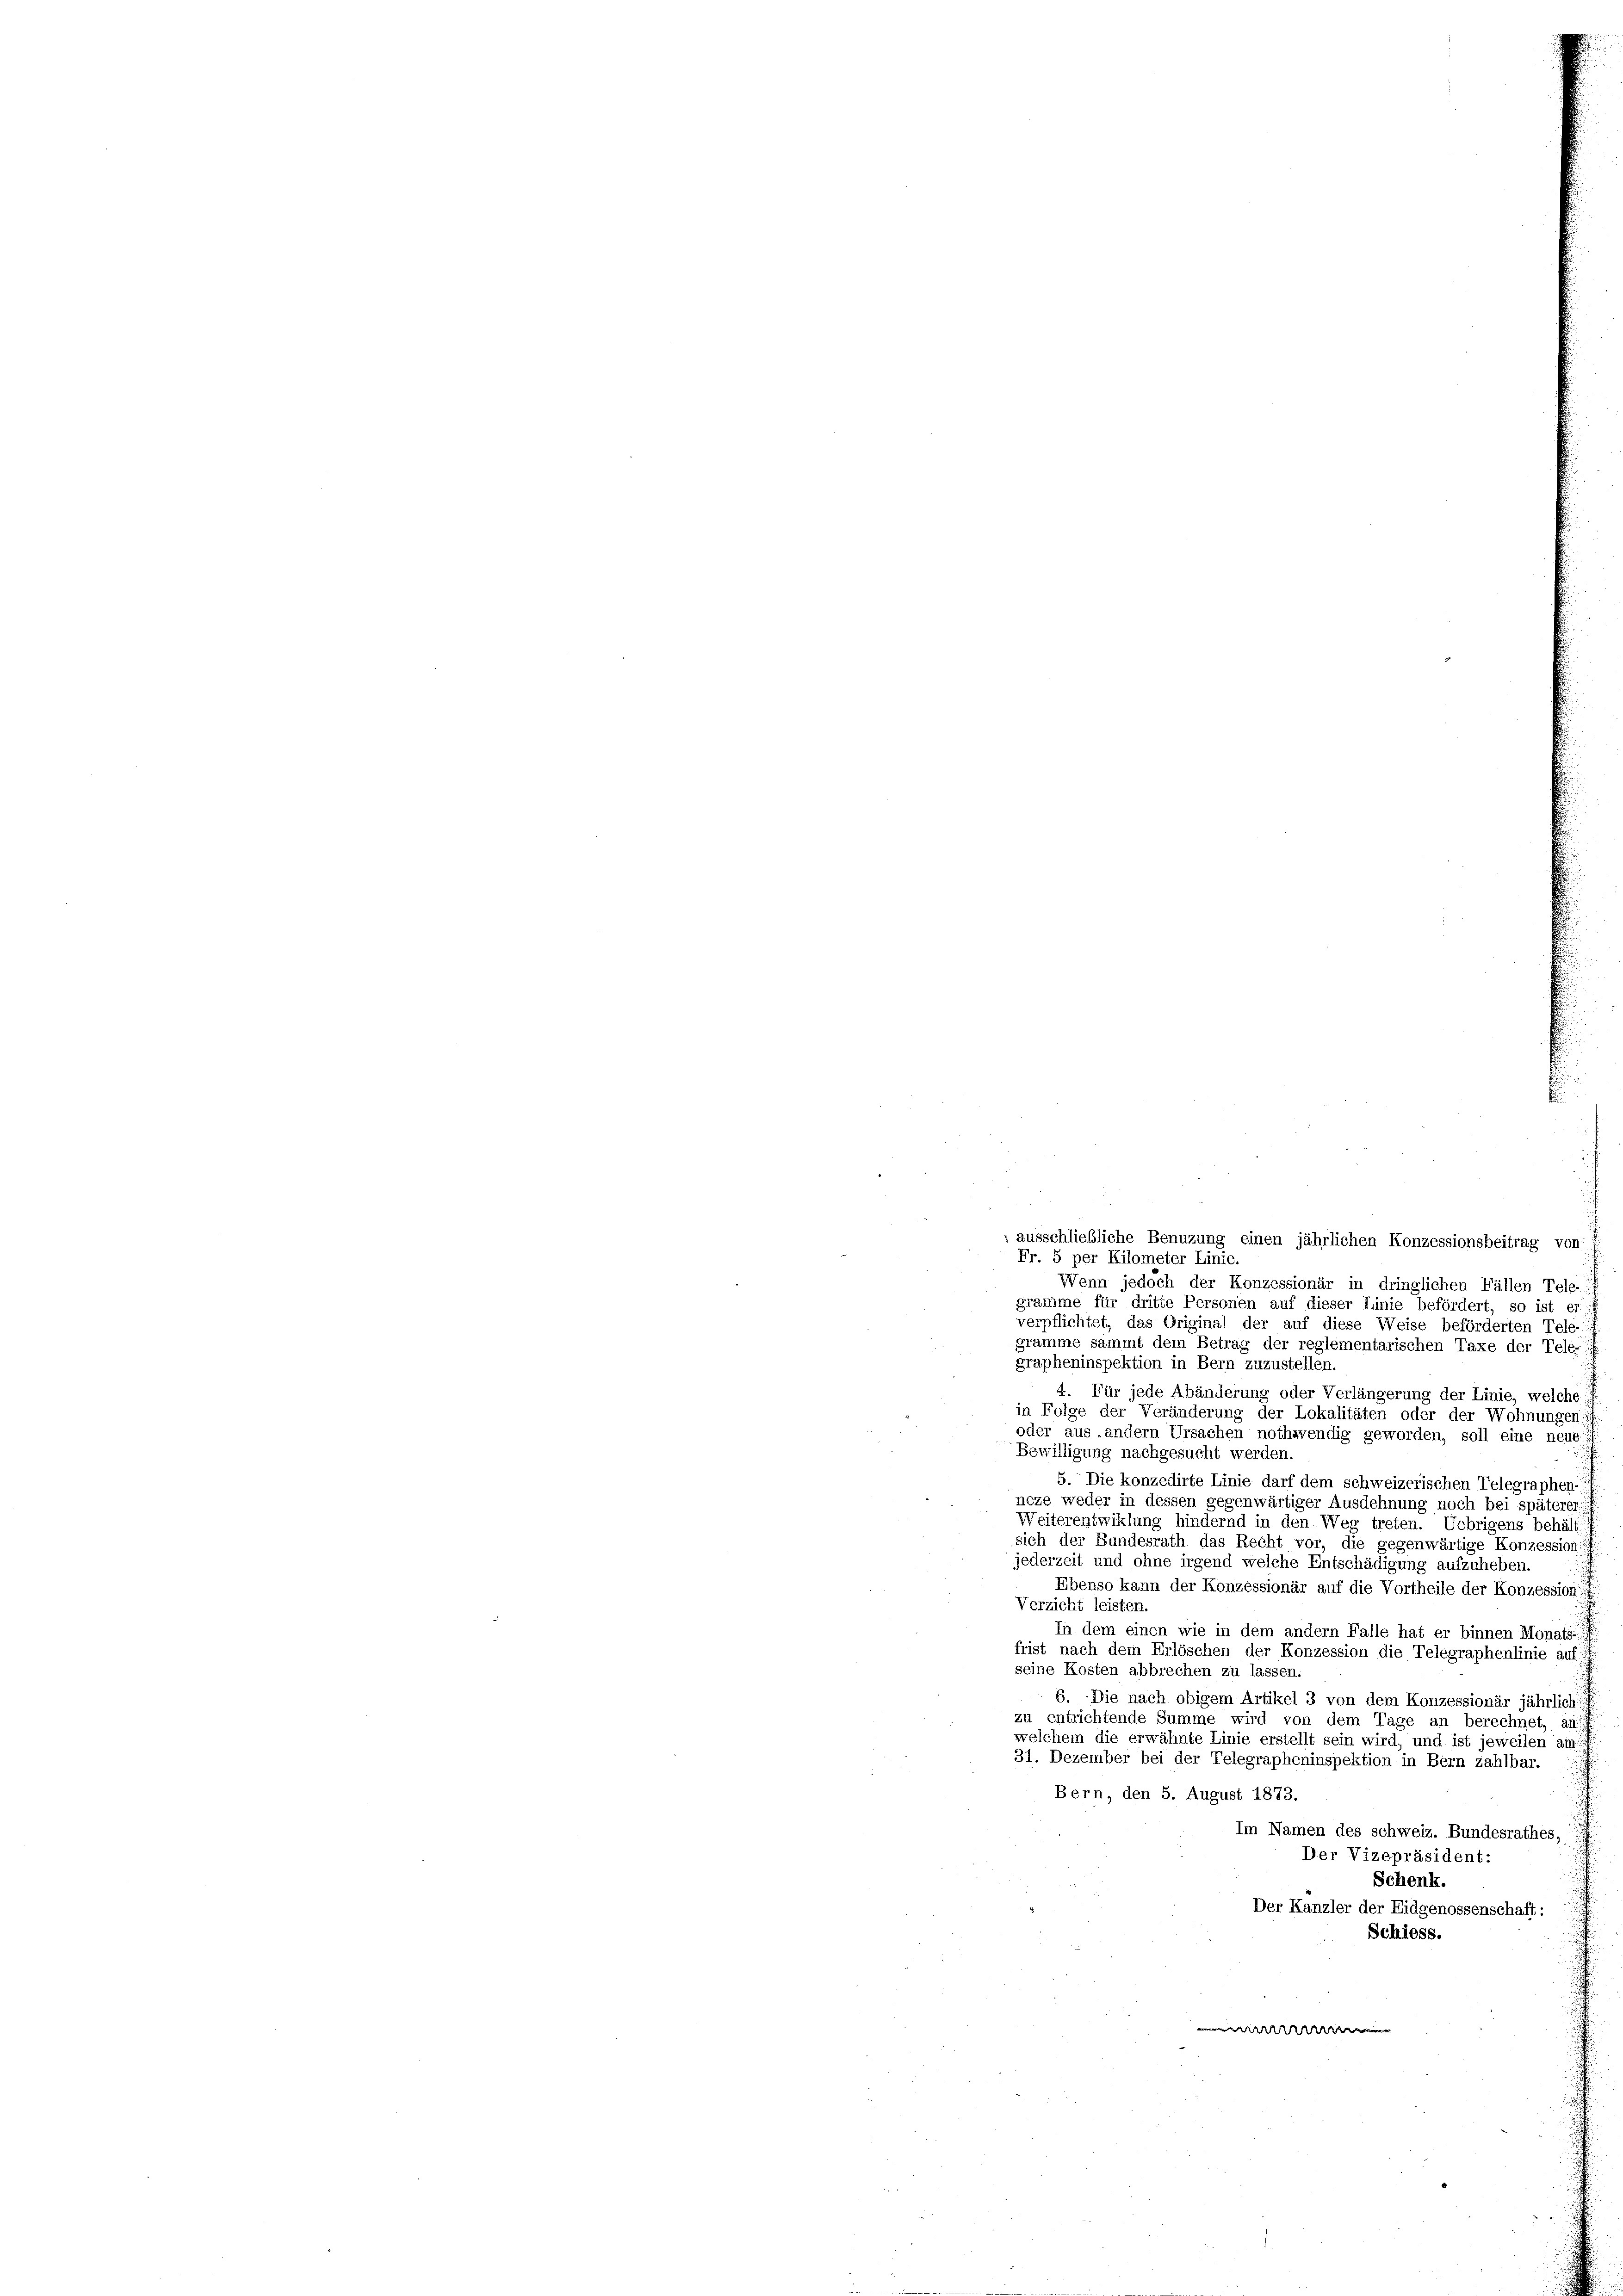
: ausschließliche Benuzung einen jährlichen Konzessionsbeitrag von
Fr. 5 per Kilometer Linie.
Wenn jedoch der Konzessionär in dringlichen Fällen Tele-
gramme für dritte Personen auf dieser Linie befördert, so ist er
verpflichtet, das Original der auf diese Weise beförderten Tele-
gramme sammt dem Betrag der reglementarischen Taxe der Tele-
grapheninspektion in Bern zuzustellen.
4. Für jede Abänderung oder Verlängerung der Linie, welche
in Folge der Veränderung der Lokalitäten oder der Wohnungen
oder aus andern Ursachen nothwendig geworden, soll eine neue
Bewilligung nachgesucht werden.
5. Die konzedirte Linie darf dem schweizerischen Telegraphen-
neze weder in dessen gegenwärtiger Ausdehnung noch bei späterer
Weiterentwiklung hindernd in den Weg treten. Uebrigens behält
sich der Bundesrath das Recht vor, die gegenwärtige Konzession:
jederzeit und ohne irgend welche Entschädigung aufzuheben.
Ebenso kann der Konzessionär auf die Vortheile der Konzession: I
Verzicht leisten.
In dem einen wie in dem andern Falle hat er binnen Monats-
frist nach dem Erlöschen der Konzession die Telegraphenlinie auf
seine Kosten abbrechen zu lassen.
6. Die nach obigem Artikel 3 von dem Konzessionär jährlich
zu entrichtende Summe wird von dem Tage an berechnet, an:
welchem die erwähnte Linie erstellt sein wird, und ist jeweilen am
31. Dezember bei der Telegrapheninspektion in Bern zahlbar.
Bern, den 5. August 1873.
Im Namen des schweiz. Bundesrathes,
Der Vizepräsident:
Schenk.
Der Kanzler der Eidgenossenschaft:
Schiess.
e